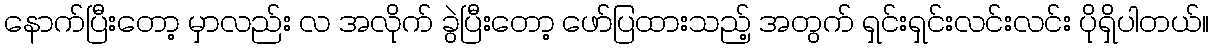
နောက်ပြီးတော့ မှာလည်း လ အလိုက် ခွဲပြီးတော့ ဖော်ပြထားသည့် အတွက် ရှင်းရှင်းလင်းလင်း ပိုရှိပါတယ်။